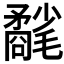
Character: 𣰲